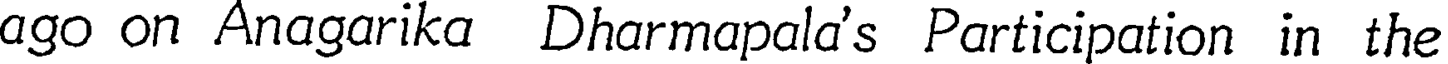
ago on Anagarika Dharmapala's Participation in the